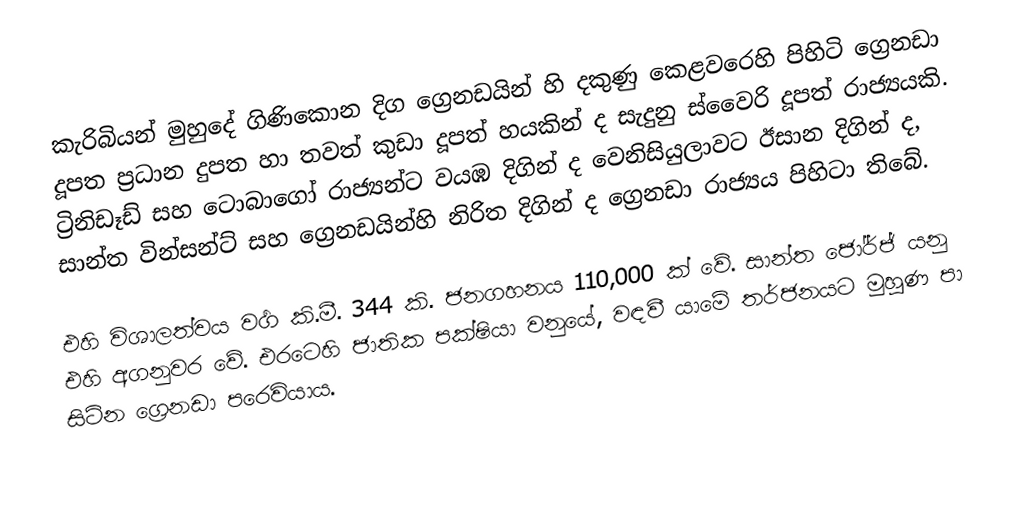
කැරිබියන් මුහුදේ  ගිණිකොන දිග ග්‍රෙනඩයින් හි දකුණු කෙළවරෙහි පිහිටි ග්‍රෙනඩා දූපත ප්‍රධාන දුපත හා තවත් කුඩා දූපත් හයකින් ද සැදුනු  ස්වෛරි දූපත් රාජ්‍යයකි. ට්‍රිනිඩෑඩ් සහ ටො‍බාගෝ රාජ්‍යන්ට වයඹ දිගින් ද වෙනිසියුලාවට  ඊසාන දිගින් ද, සාන්ත වින්සන්ට් සහ ග්‍රෙනඩයින්හි නිරිත දිගින් ද ග්‍රෙනඩා රාජ්‍යය පිහිටා තිබේ.

එහි විශාලත්වය වර්‍ග කි.මී. 344 කි. ජනගහනය 110,000 ක් වේ. සාන්ත ජෝර්ජ් යනු එහි අගනුවර වේ. එ‍රටෙහි  ජාතික පක්ෂියා වනුයේ, වඳවී යාමේ තර්ජනයට මුහුණ පා සිටින ග්‍රෙනඩා පරෙවියාය.